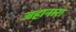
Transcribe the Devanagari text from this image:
जहानारा